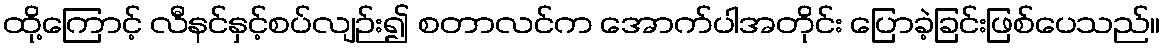
ထို့ကြောင့် လီနင်နှင့်စပ်လျဉ်း၍ စတာလင်က အောက်ပါအတိုင်း ပြောခဲ့ခြင်းဖြစ်ပေသည်။